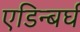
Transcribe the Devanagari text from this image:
एडिन्बर्घ